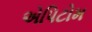
એપિટોમ